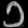
Digit: ၁